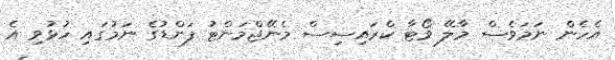
އެހެން ނަމަވެސް މާލޭ ވޯޓާ ކްރައިސިސް މެނޭޖްމަންޓު ފަންޑުގެ ނަމުގައި ހުޅުވި އެ